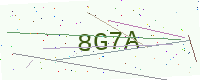
Text: 8G7A